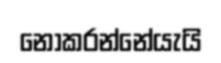
නොකරන්නේයැයි